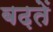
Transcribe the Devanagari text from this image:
बढ़तें